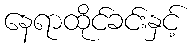
နေရာထိုင်ခင်းနှင့်